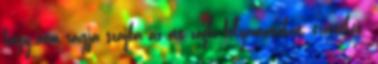
hogy nem rágja szájba az ott zajló folyamatokat, érzéseket.